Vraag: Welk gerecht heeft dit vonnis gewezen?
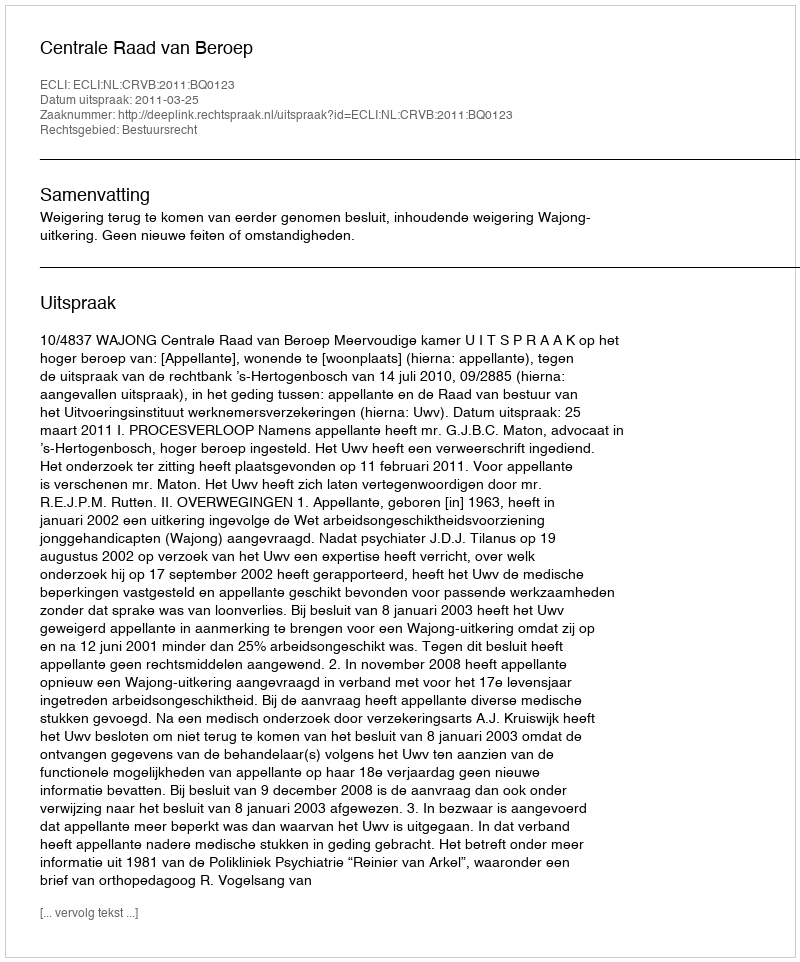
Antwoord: Centrale Raad van Beroep